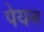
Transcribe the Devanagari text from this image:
पेयन